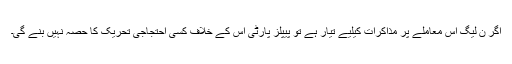
اگر ن لیگ اس معاملے پر مذاکرات کیلیے تیار ہے تو پیپلز پارٹی اس کے خلاف کسی احتجاجی تحریک کا حصہ نہیں بنے گی۔